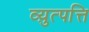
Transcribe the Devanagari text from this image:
व्य़ुत्पत्ति